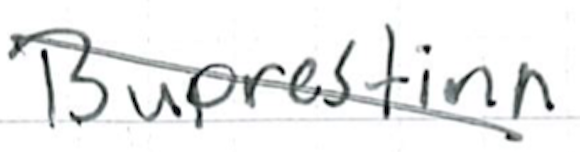
Text: Buprestina.
Cross-out: diagonal
Writing tool: ballpoint